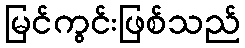
မြင်ကွင်းဖြစ်သည်